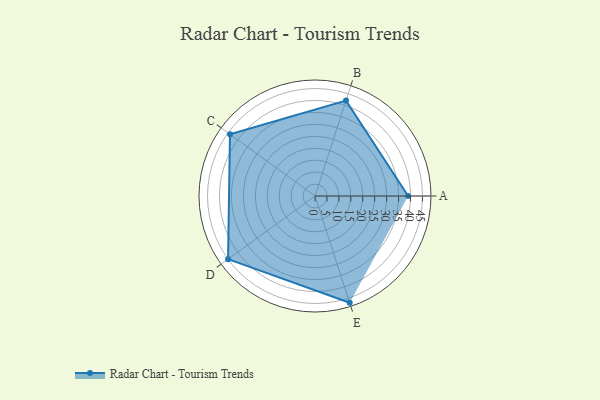
{"axis": {"x": "Skill", "y": "Score"}, "legend": ["Profile"], "data": [{"x": "A", "y": 39.0, "type": "Profile"}, {"x": "B", "y": 42.0, "type": "Profile"}, {"x": "C", "y": 44.0, "type": "Profile"}, {"x": "D", "y": 45.0, "type": "Profile"}, {"x": "E", "y": 47.0, "type": "Profile"}]}